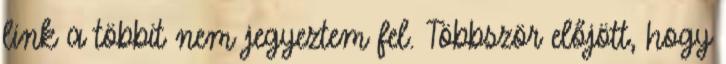
link a többit nem jegyeztem fel. Többször előjött, hogy